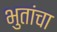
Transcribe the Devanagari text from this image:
भुतांचा